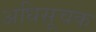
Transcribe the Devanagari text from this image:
अधिसूचक